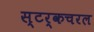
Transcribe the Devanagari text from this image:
स्टर्कचरल